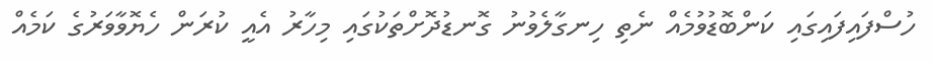
ހުސްފައިފައިގައި ކަންބޮޑުވުމެއް ނެތި ހިނގާލެވުނު ގޮނޑުދޮށްތަކުގައި މިހާރު އެއީ ކުރަން ހެޔޮވާވަރުގެ ކަމެއް